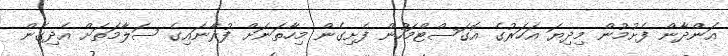
އަންދާން ފެށުމުން މިދިޔަ އަހަރުގެ އޮގަސްޓްމަހުން ފެށިގެން މިހާތަނަށް ފުރާނައިގެ ސަލާމަތަށް އެދިގެން